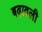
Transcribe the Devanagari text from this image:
बढ़ावली